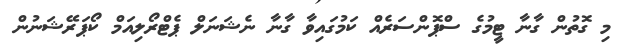
މި ގޮތުން ގާނާ ޓީމުގެ ސްޕޮންސަރެއް ކަމުގައިވާ ގާނާ ނެޝަނަލް ޕެޓްރޯލިއަމް ކޯޕަރޭޝަނުން